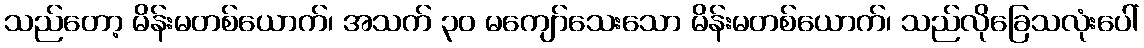
သည်တော့ မိန်းမတစ်ယောက်၊ အသက် ၃၀ မကျော်သေးသော မိန်းမတစ်ယောက်၊ သည်လိုခြေသလုံးပေါ်